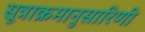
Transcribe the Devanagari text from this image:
सूत्राक्रमानुसारिणी